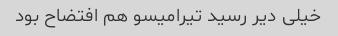
خیلی دیر رسید تیرامیسو هم افتضاح بود